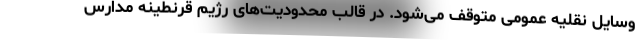
وسایل نقلیه عمومی متوقف می‌شود. در قالب محدودیت‌های رژیم قرنطینه مدارس